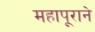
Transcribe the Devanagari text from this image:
महापूराने